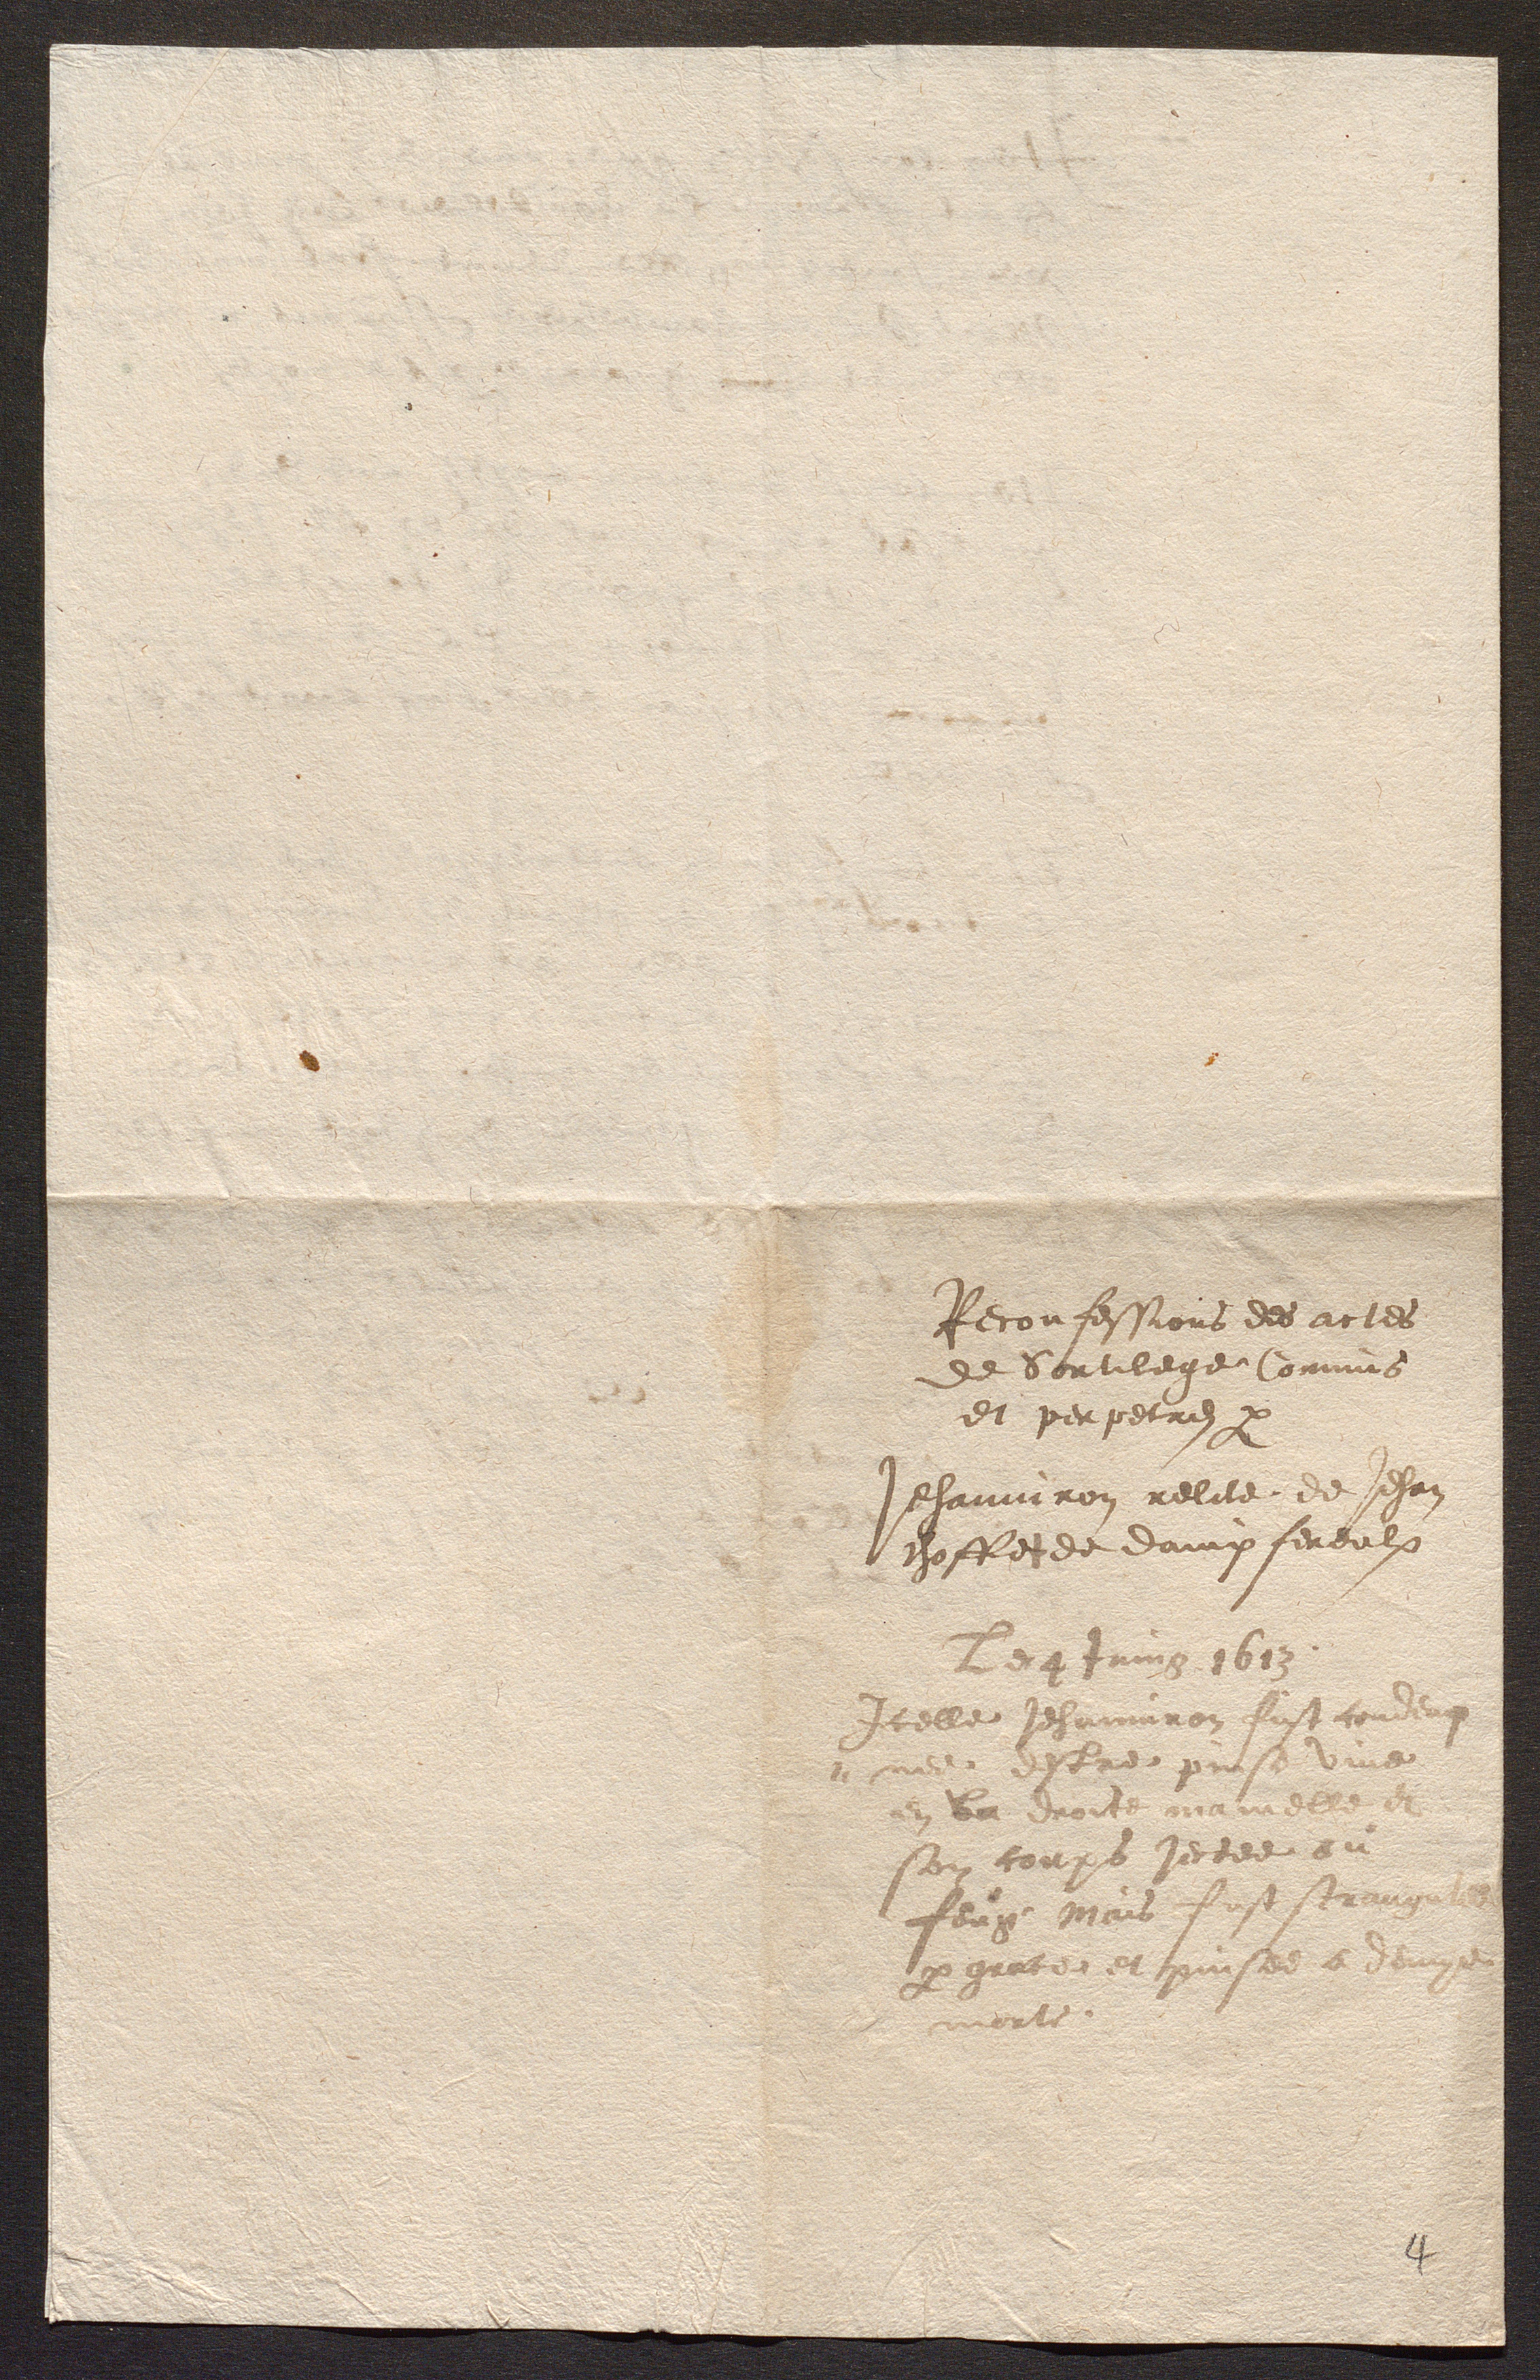
Reconfessions des actes
de Sortilege Commis
et perpetres par
Jehanniron relite de Jehan
choffetde dampfereulx
Le 4 Juing 1613
Icelle Jehannron fust condenn
me estres puise vine
en la droite manielle et
son coups jectee ou
feug Mais fust strang
prguce et puisee a dougs
mort